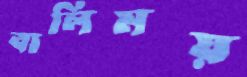
বালিময়